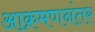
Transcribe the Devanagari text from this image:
आक्रमणनंतर